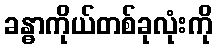
ခန္ဓာကိုယ်တစ်ခုလုံးကို